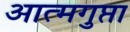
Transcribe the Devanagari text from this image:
आत्मगुप्ता